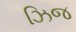
ઝિજ